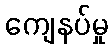
ကျေနပ်မှု